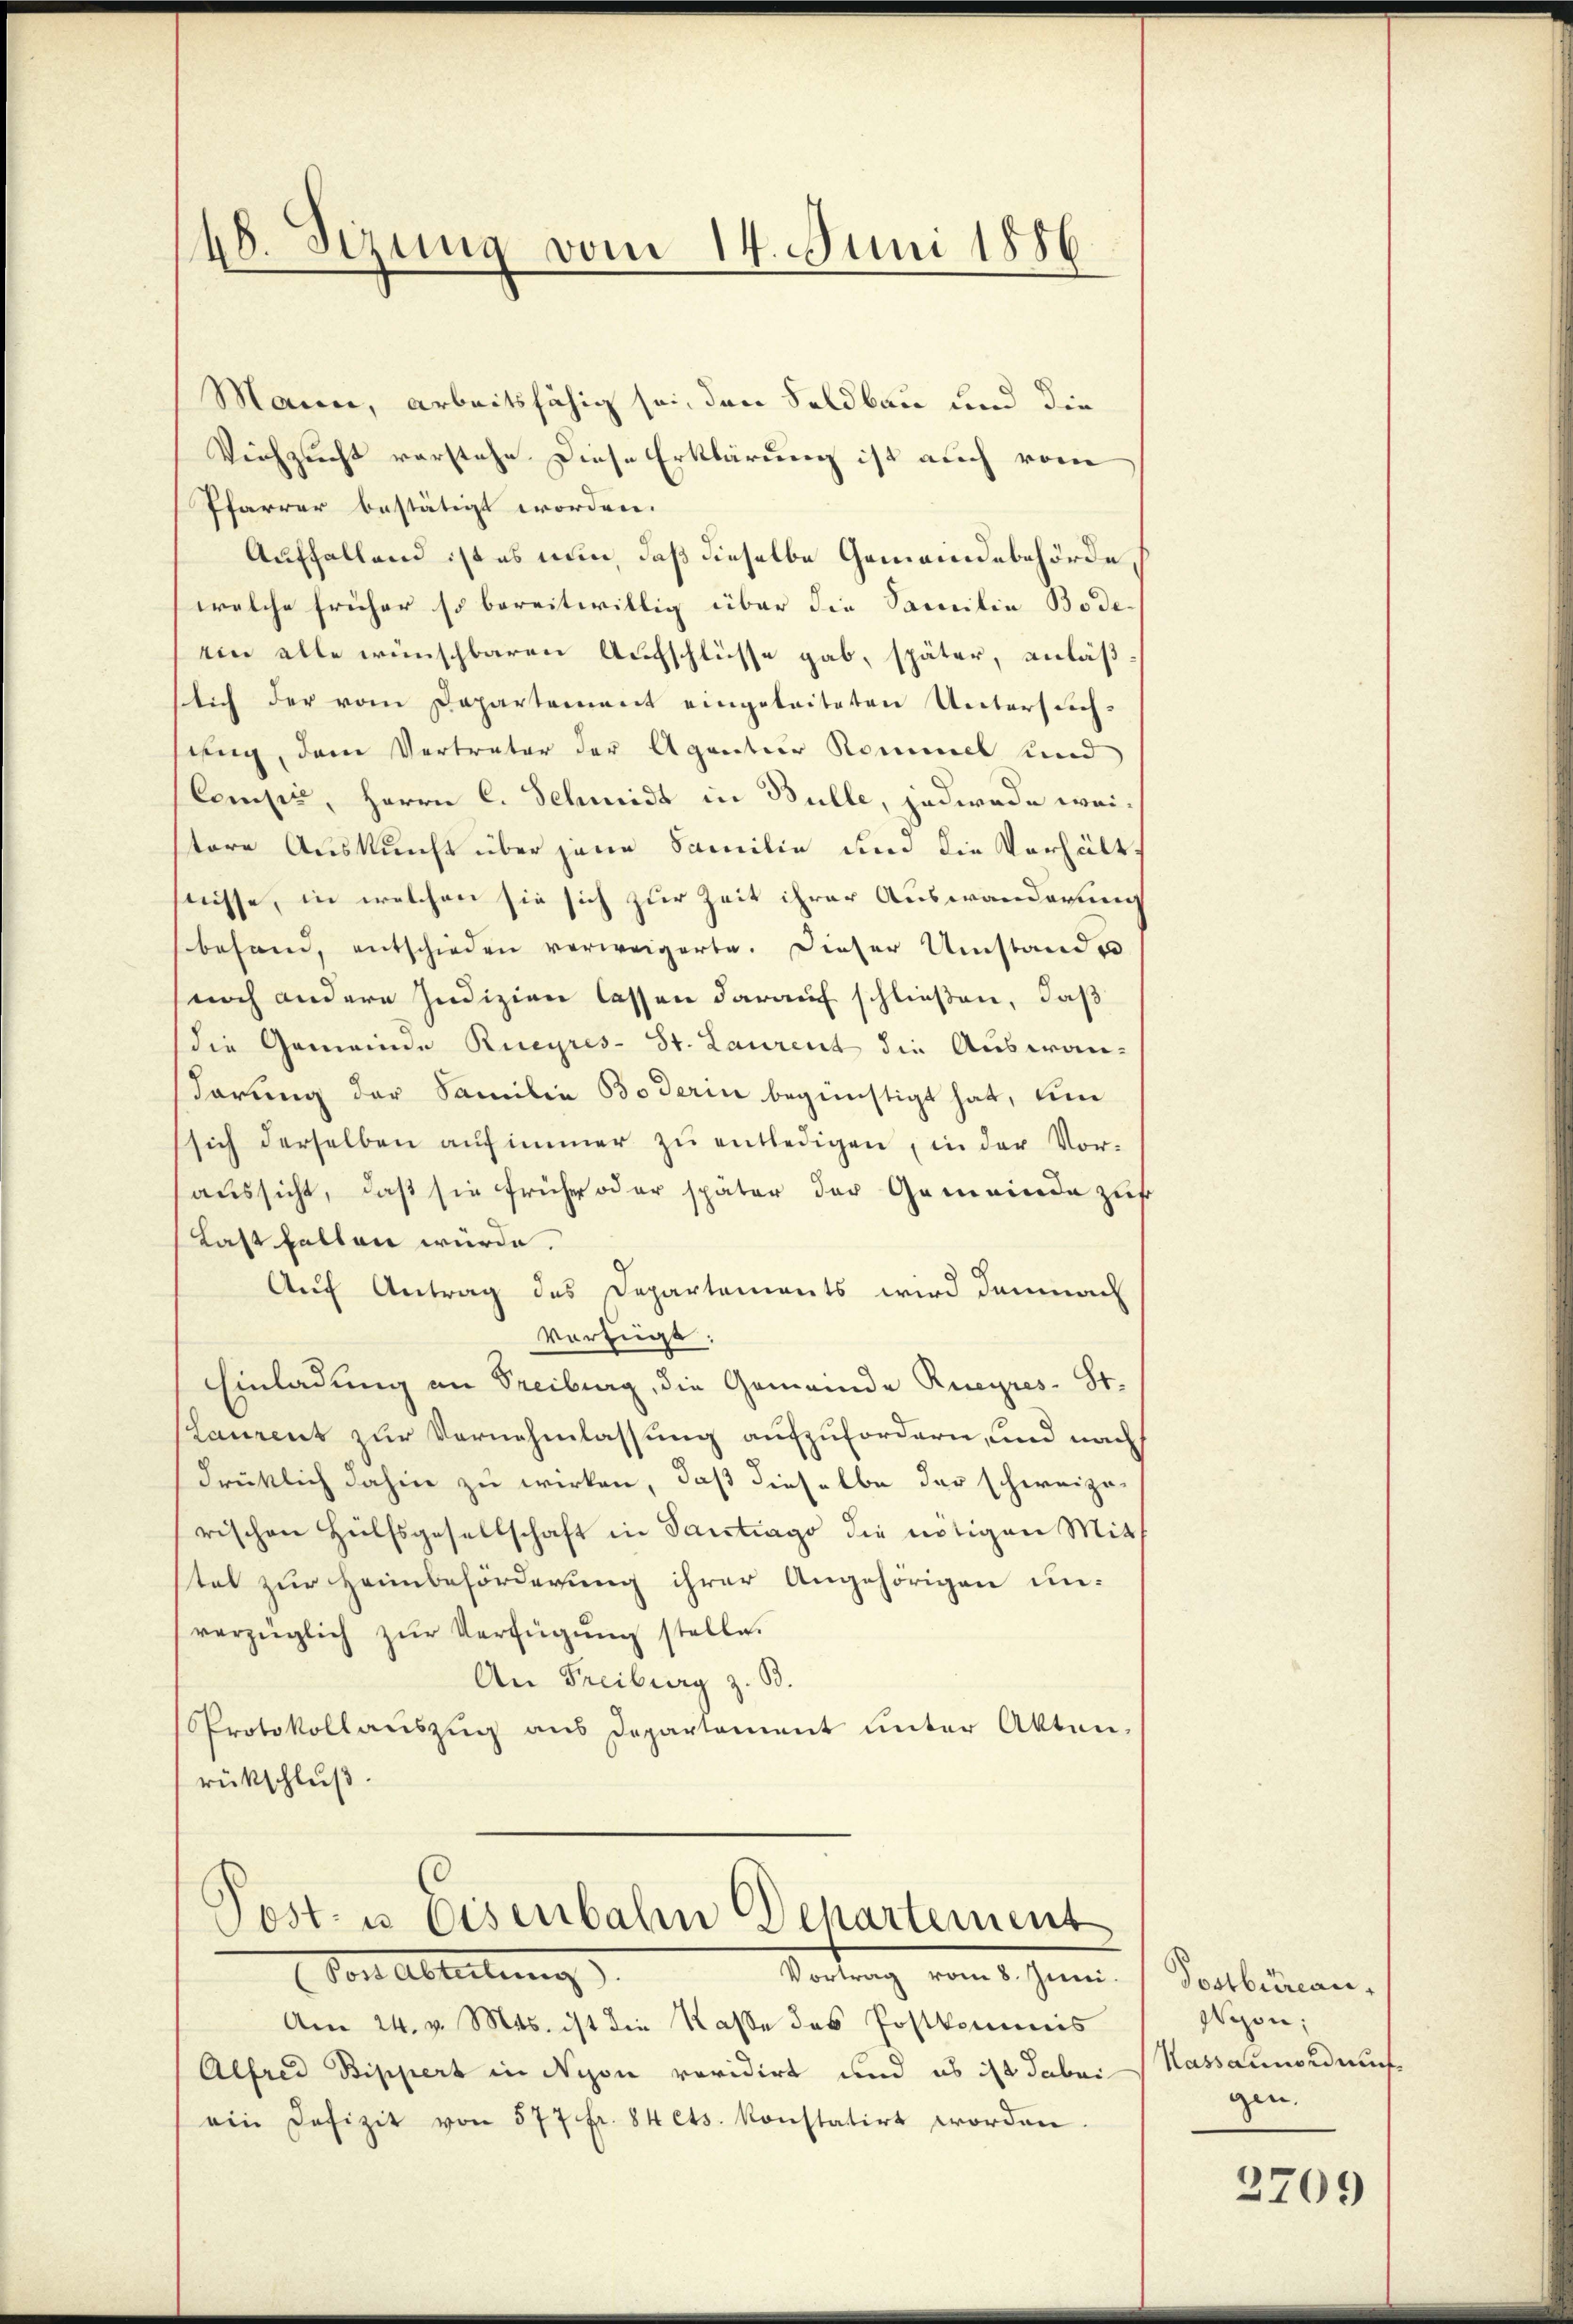
48. Sizung vom 14. Juni 1886.

Mann, arbeitsfähig sei, den Feldbau und die
Viehzucht vorstehe Diese Erklärung ist auch vom
Pfarrer bestätigt worden.
Auffallend ist es nun, daß dieselbe Gemeindebehörde
welche früher so bereitwillig über die Familie Bode
ein alle wünschbaren Aufschlüsse gab, später, anläßslich der vom Departement eingeleiteten Untersuchsung, dem Vertreter der Agantier Kommel und
Compe, Herrn C. Schmidt in Bulle, jederade weitore Auskunft über jene Familie und die Verhält
süsse, in welchen sie sich zur Zeit ihrer Auswanderung
behand, entschieden verweigerte. Dieser Umstande
noch andere Indizien lassen darauf schließen, daß
die Gemeinde Rucyres- St. Laurent die Auswandarung der Familie Boderin begünstigt hat, ein
sich derselben aŭf immer zŭ entledigen, in der Vor-
aussicht, daß sie frühe oder später der Gemeinde zus
Last fallen würde.
Auf Antrag des Departements wird demnach
verfügt:
Einladung an Freiburg, die Gemeinde Rueyres St.
Lanzent zur Vernehmlassung aufzufordern, und nach
drüklich dahin zu wirken, daß dieselbe der schweizerischen Hülfsgesellschaft in Santrago die nötigen Mitth
tet zur Heimbeförderung ihrer Angehörigen un-
vorzüglich zŭr Verfügŭng stelle.
An Freiburg z. B.
Protokollauszug aus Departement unter Akten.
rückschluß.

Post- u Eisenbahn Departement
Vor Abteilung)
Vortrag vom 8. Juni.

Am 24. v. Mts. ist die Kasse des Postkommis
Alfred Bippert in Nyon revidirt und es ist dabei
ein Defizit von 577 fr. 84 cts. konstatirt worden.

Postbüreau,
Wyon;
Kassaunordnung
gen.

2709